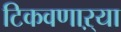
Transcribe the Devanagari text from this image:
टिकवणाऱ्या